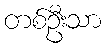
တစ်ဦးသာ